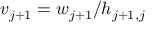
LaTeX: v _ { j + 1 } = w _ { j + 1 } / h _ { j + 1 , j }